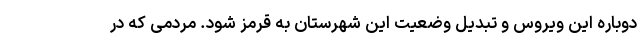
دوباره این ویروس و تبدیل وضعیت این شهرستان به قرمز شود. مردمی که در